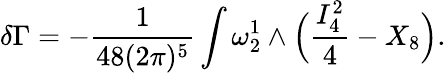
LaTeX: \delta\Gamma=-{\frac{1}{48(2\pi)^{5}}}\int\omega_{2}^{1}\wedge\Big({\frac{I_{4}^{2}}{4}}-X_{8}\Big).